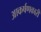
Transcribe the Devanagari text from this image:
आकर्षणकारी